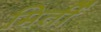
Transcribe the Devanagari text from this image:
मिर्ती